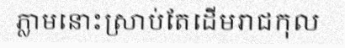
ភ្លាមនោះស្រាប់តែដើមរាជកុល